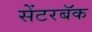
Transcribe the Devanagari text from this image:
सेंटरबॅक